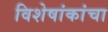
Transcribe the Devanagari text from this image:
विशेषांकांचा